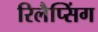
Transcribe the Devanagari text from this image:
रिलैप्सिंग